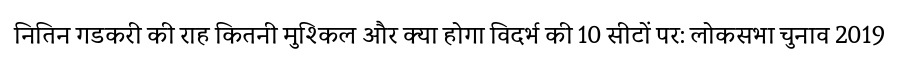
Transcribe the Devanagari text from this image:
नितिन गडकरी की राह कितनी मुश्किल और क्या होगा विदर्भ की 10 सीटों पर: लोकसभा चुनाव 2019